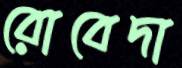
রোবেদা